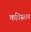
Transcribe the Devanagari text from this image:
कबिस्तान